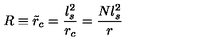
R \equiv \tilde { r } _ { c } = \frac { l _ { s } ^ { 2 } } { r _ { c } } = \frac { N l _ { s } ^ { 2 } } { r }